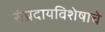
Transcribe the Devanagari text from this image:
संप्रदायविशेषाचे